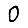
Digit: 0